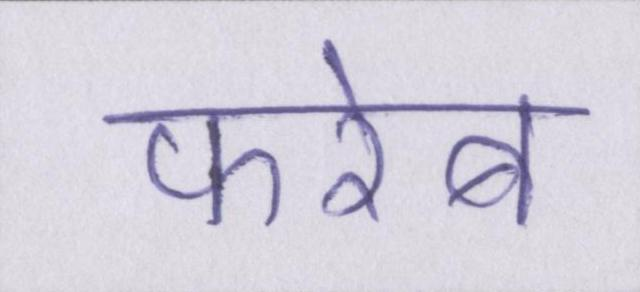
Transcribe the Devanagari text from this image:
फरेब